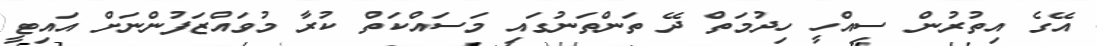
އޭގެ އިތުރުން ސިއްހީ ހިދުމަތް ދޭ ތަންތަނުގައި މަސައްކަތް ކުރާ މުވައްޒަފުންނަށް އައިޓީ